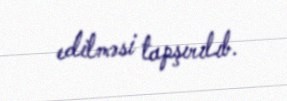
edilməsi tapşırılıb.